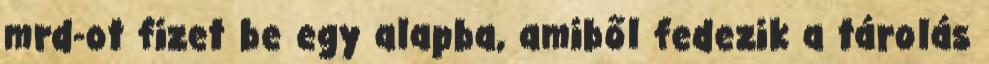
mrd-ot fizet be egy alapba, amiből fedezik a tárolás